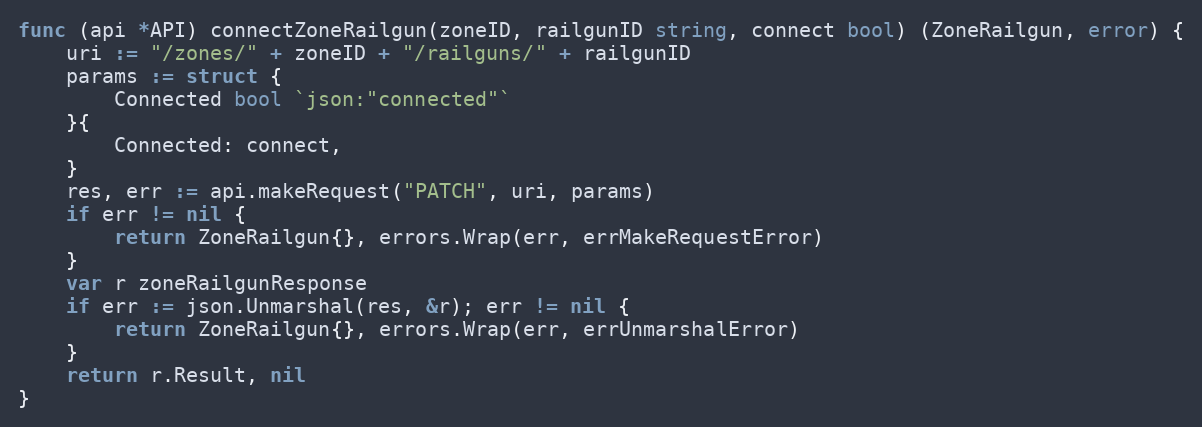
Language: Go
func (api *API) connectZoneRailgun(zoneID, railgunID string, connect bool) (ZoneRailgun, error) {
	uri := "/zones/" + zoneID + "/railguns/" + railgunID
	params := struct {
		Connected bool `json:"connected"`
	}{
		Connected: connect,
	}
	res, err := api.makeRequest("PATCH", uri, params)
	if err != nil {
		return ZoneRailgun{}, errors.Wrap(err, errMakeRequestError)
	}
	var r zoneRailgunResponse
	if err := json.Unmarshal(res, &r); err != nil {
		return ZoneRailgun{}, errors.Wrap(err, errUnmarshalError)
	}
	return r.Result, nil
}